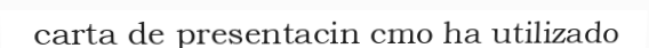
carta de presentacin cmo ha utilizado